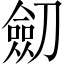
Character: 劎